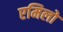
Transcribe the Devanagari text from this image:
एमिलो